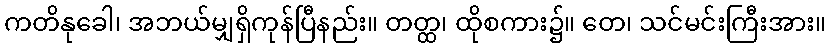
ကတိနုခေါ၊ အဘယ်မျှရှိကုန်ပြီနည်း။ တတ္ထ၊ ထိုစကား၌။ တေ၊ သင်မင်းကြီးအား။